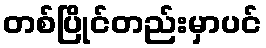
တစ်ပြိုင်တည်းမှာပင်